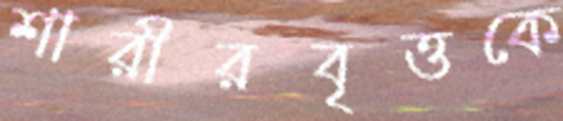
শারীরবৃত্তকে